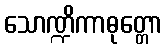
သောဏ္ဍိကာဓုတ္တော